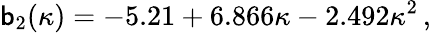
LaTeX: \mathsf{b}_{2}(\kappa)=-5.21+6.866\kappa-2.492\kappa^{2}\, ,